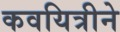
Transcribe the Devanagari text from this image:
कवयित्रीने